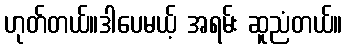
ဟုတ်တယ်။ဒါပေမယ့် အရမ်း ဆူညံတယ်။